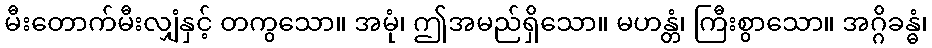
မီးတောက်မီးလျှံနှင့် တကွသော။ အမုံ၊ ဤအမည်ရှိသော။ မဟန္တံ၊ ကြီးစွာသော။ အဂ္ဂိခန္ဓံ၊